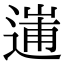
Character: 𨔲